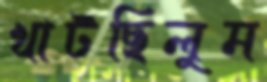
খাটছিলুম